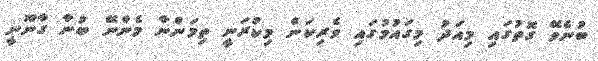
ބުނެވޭ ގޮތުގައި މިއަދު މިގައުމުގައި ވެރިކަން މިކުރަނީ ތިމަންނާ މެންނޭ ބުނާ ގާނޫނީ